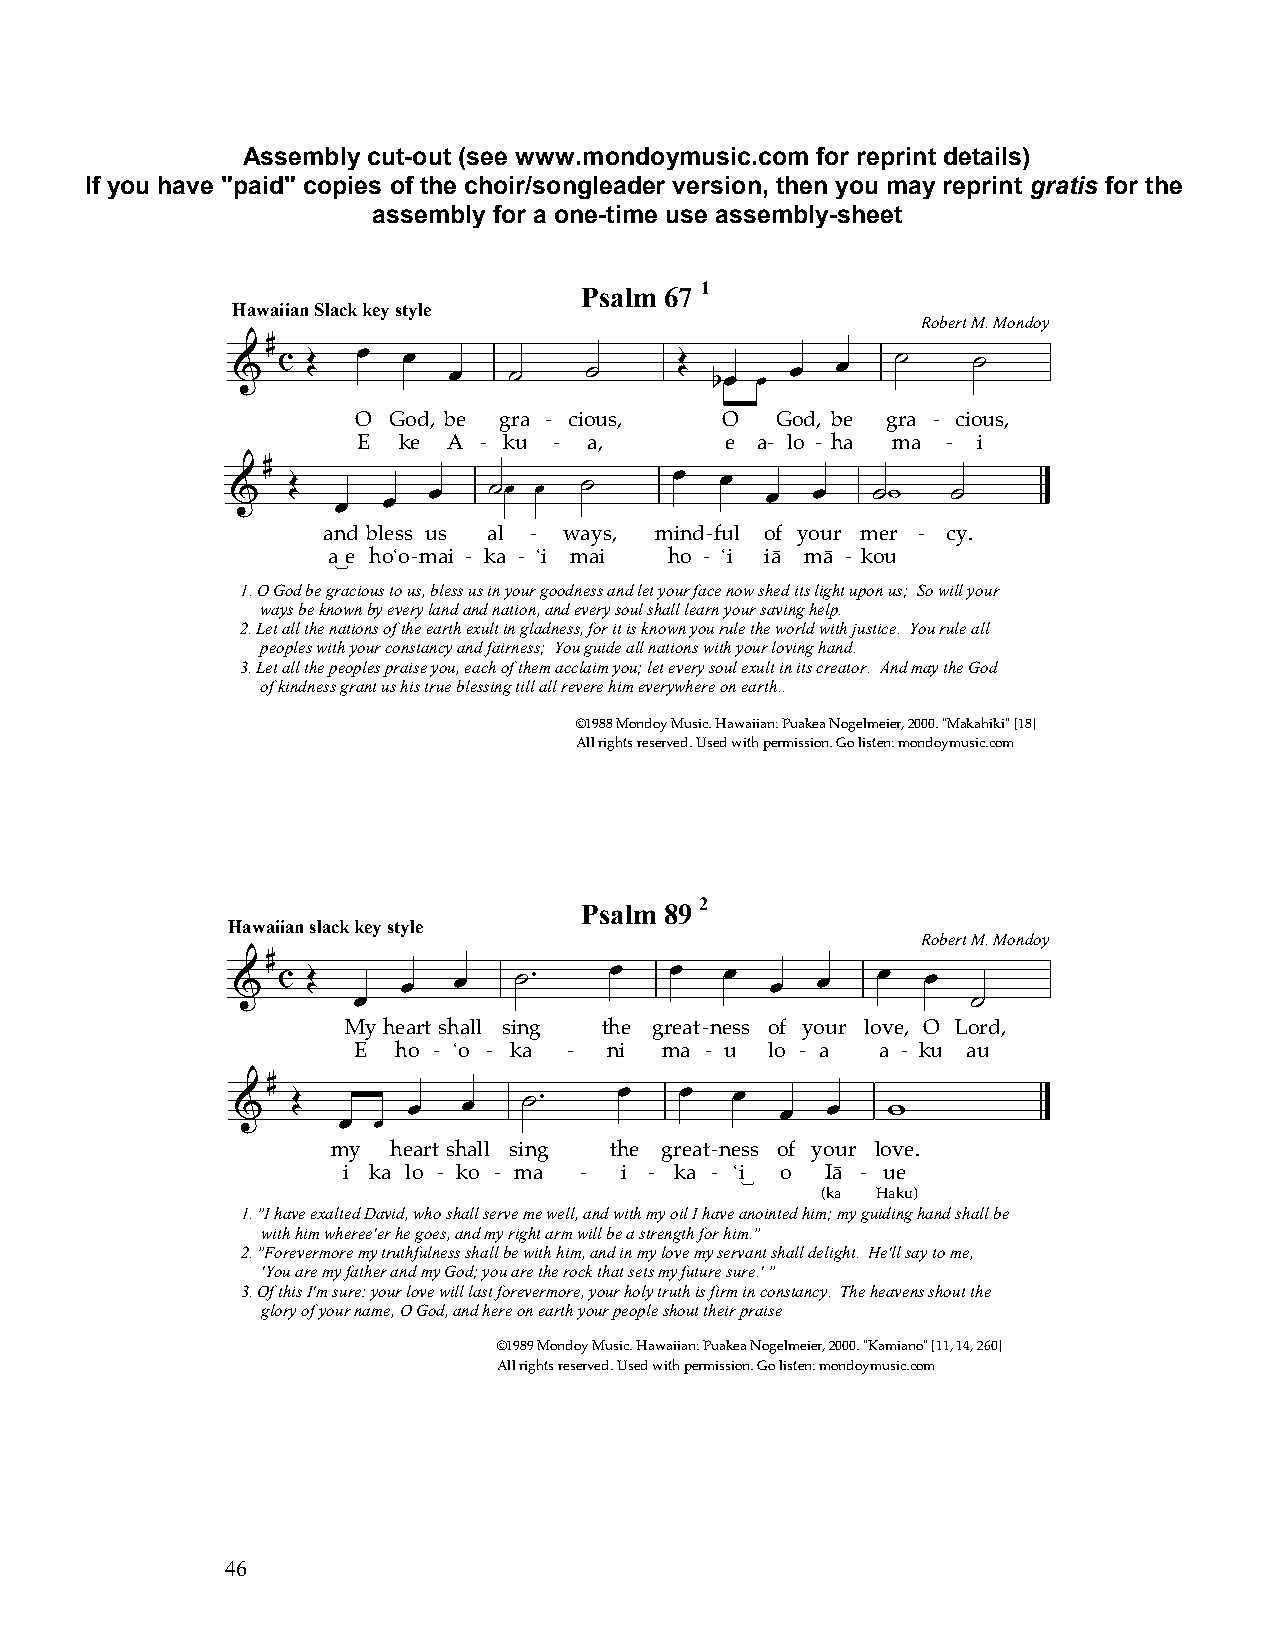
Assembly cut-out (see www.mondoymusic.com for reprint details)
 If you have "paid" copies of the choir/songleader version, then you may reprint gratis for the
 assembly for a one-time use assembly-sheet
 Psalm 67 1
 Hawaiian Slack key style
 Robert M. Mondoy
 #
 &  c Î   Ï  Ï  Ï   ú    ú     Î bÏÏ  Ï  Ï   ú    ú
 
 O God, be gra - cious,  O  God, be gra - cious,
 E ke  A - ku - a,       e a- lo - ha ma - i
 #
 &   Î  Ï  Ï  Ï   ú   ú      Ï  Ï  Ï  Ï   ú   ú
 and bless us al - ways, mind-ful of your mer - cy.
 a_e hoÿo-mai - ka - ÿi mai ho - ÿi iä mä - kou
 1. O God be gracious to us, bless us in your goodness and let your face now shed its light upon us; So will your
 ways be known by every land and nation, and every soul shall learn your saving help.
 2. Let all the nations of the earth exult in gladness, for it is known you rule the world with justice. You rule all
 peoples with your constancy and fairness; You guide all nations with your loving hand.
 3. Let all the peoples praise you, each of them acclaim you; let every soul exult in its creator. And may the God
 of kindness grant us his true blessing till all revere him everywhere on earth..
 ©1988 Mondoy Music. Hawaiian: Puakea Nogelmeier, 2000. "Makahiki" [18]
 All rights reserved. Used with permission. Go listen: mondoymusic.com
 Psalm 892
 Hawaiian slack key style
 Robert M. Mondoy
 #
 &  c Î      Ï  Ï   ú    Ï   Ï   Ï  Ï  Ï   Ï  Ï
 Ï                                        ú
 My heart shall sing the great-ness of your love, O Lord,
 E  ho - ÿo - ka - ni ma - u lo - a a - ku au
 #
 &  Î       Ï   Ï   ú    Ï   Ï   Ï  Ï  Ï   w
 ÏÏ
 
 my  heart shall sing the great-ness of your love.
 i ka lo - ko - ma - i - ka - ÿi_ o Iä - ue
 (ka Haku)
 1. "I have exalted David, who shall serve me well, and with my oil I have anointed him; my guiding hand shall be
 with him wheree'er he goes, and my right arm will be a strength for him."
 2. "Forevermore my truthfulness shall be with him, and in my love my servant shall delight. He'll say to me,
 'You are my father and my God; you are the rock that sets my future sure.' "
 3. Of this I'm sure: your love will last forevermore, your holy truth is firm in constancy. The heavens shout the
 glory of your name, O God, and here on earth your people shout their praise
 ©1989 Mondoy Music. Hawaiian: Puakea Nogelmeier, 2000. "Kamiano" [11, 14, 260]
 All rights reserved. Used with permission. Go listen: mondoymusic.com
 46